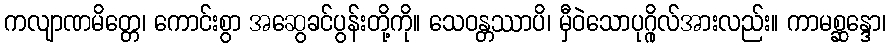
ကလျာဏမိတ္တေ၊ ကောင်းစွာ အဆွေခင်ပွန်းတို့ကို။ သေဝန္တဿာပိ၊ မှီဝဲသောပုဂ္ဂိုလ်အားလည်း။ ကာမစ္ဆန္ဒော၊